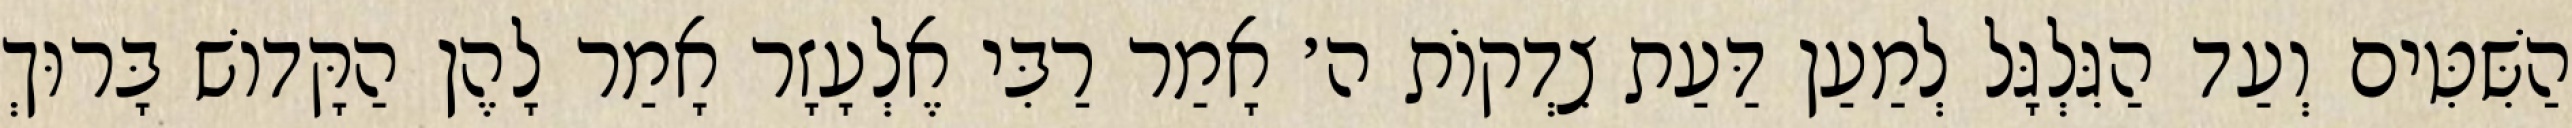
הַשִּׁטִּים וְעַד הַגִּלְגָּל לְמַעַן דַּעַת צִדְקוֹת ה׳ אָמַר רַבִּי אֶלְעָזָר אָמַר לָהֶן הַקָּדוֹשׁ בָּרוּךְ